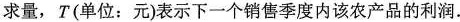
求量，T(单位：元)表示下一个销售季度内该农产品的利润。